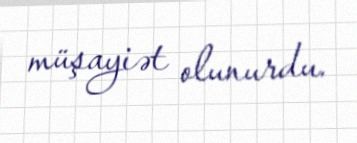
müşayiət olunurdu.